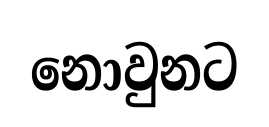
නොවුනට